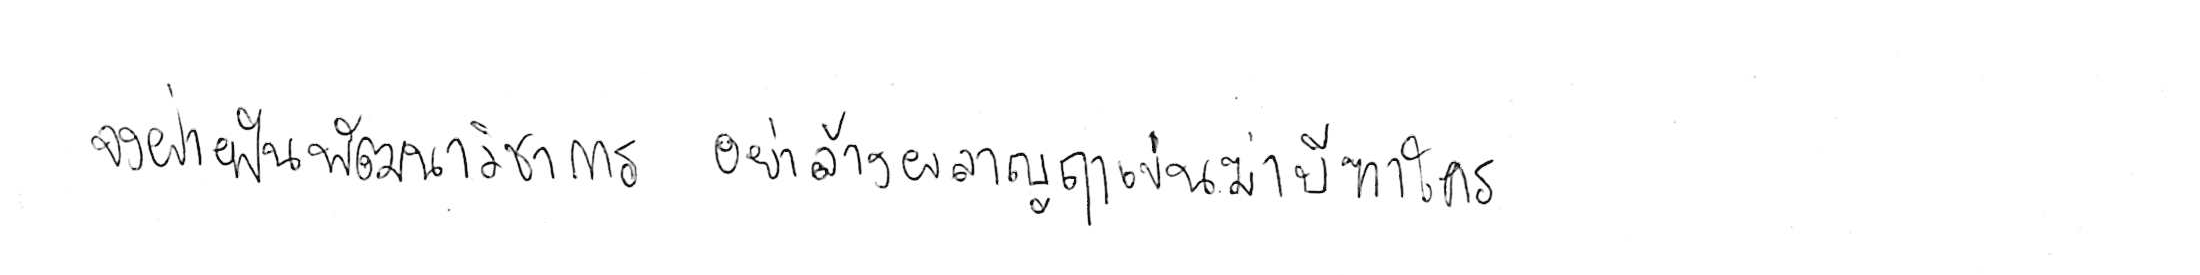
จงฝ่าฟันพัฒนาวิชาการ อย่าล้างผลาญฤๅเข่นฆ่าบีฑาใคร